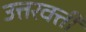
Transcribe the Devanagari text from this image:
उत्तरवर्त्ती